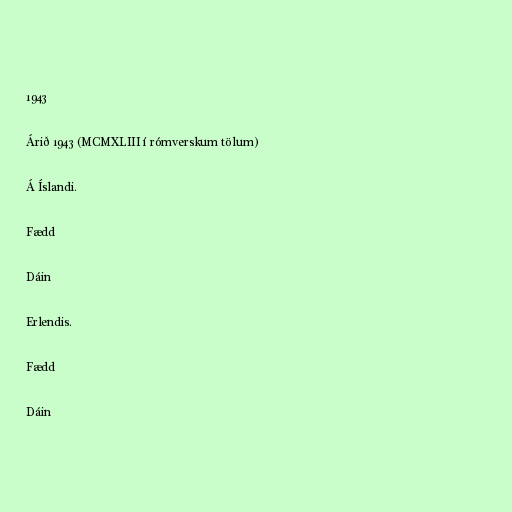
1943

Árið 1943 (MCMXLIII í rómverskum tölum)

Á Íslandi.

Fædd

Dáin

Erlendis.

Fædd

Dáin